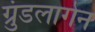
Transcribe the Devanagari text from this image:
ग्रुंडलागेन